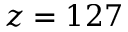
z = 1 2 7